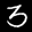
Label: 3